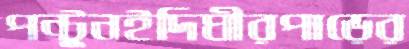
পন্টুনইদিঘীরপাড়ের